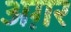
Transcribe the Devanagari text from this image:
अग़र